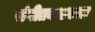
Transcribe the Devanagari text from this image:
संगीतनाटकात